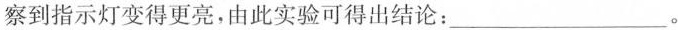
察到指示灯变得更亮，由此实验可得出结论：___。